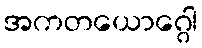
အကတယောဂ္ဂေါ